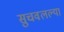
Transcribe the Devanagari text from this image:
सुचवलल्या